Annual administration report of the Civil Veterinary Department of India - 1898-1899
Year: 1898
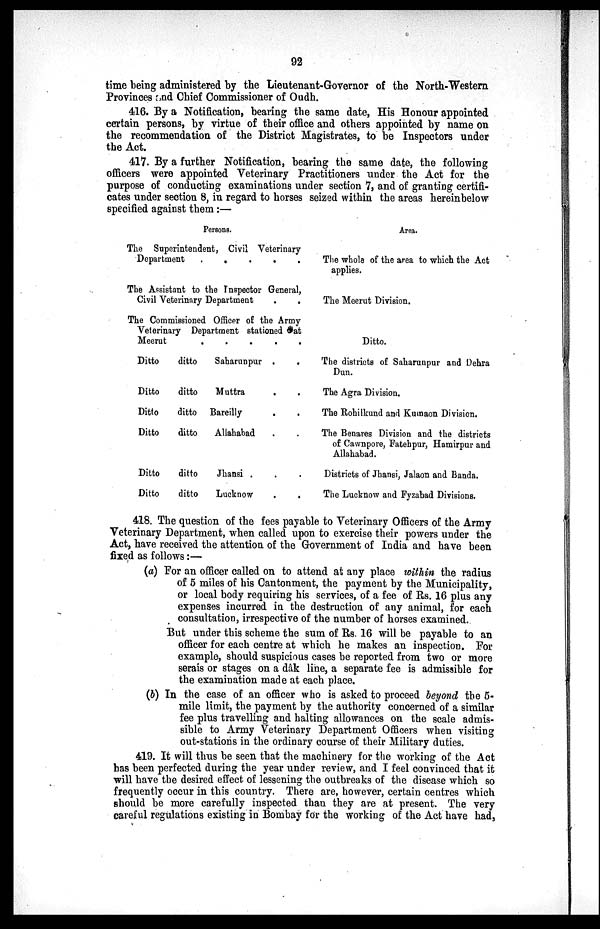
92
time being administered by the Lieutenant-Governor of the North-Western
Provinces and Chief Commissioner of Oudh.
416. By a Notification, bearing the same date, His Honour appointed
certain persons, by virtue of their office and others appointed by name on
the recommendation of the District Magistrates, to be Inspectors under
the Act.
417. By a further Notification, bearing the same date, the following
officers were appointed Veterinary Practitioners under the Act for the
purpose of conducting examinations under section 7, and of granting certifi-
cates under section 8, in regard to horses seized within the areas hereinbelow
specified against them:—
Persons.
The Superintendent, Civil Veterinary
Department
.
.
.
The Assistant to the Inspector General,
Civil Veterinary Department
.
.
The Commissioned Officer of the Army
Veterinary Department stationed at
Meerut
.
.
.
.
.
Ditto
ditto
Saharunpur .
.
Ditto
ditto
Muttra . . . .
Ditto
ditto Bareilly
.
Ditto
ditto
Allahabad . . .
Ditto
ditto
Jhansi . . . .
Ditto
ditto
Lucknow . . .
Area.
The whole of the area to which the Act
applies.
The Meerut Division.
Ditto.
The districts of Saharunpur and Dehra
Dun.
The Agra Division.
The Rohilkund and Kumaon Division.
The Benares Division and the districts
of Cawnpore, Fatehpur, Hamirpur and
Allahabad.
Districts of Jhansi, Jalaon and Banda.
The Lucknow and Fyzabad Divisions.
418. The question of the fees payable to Veterinary Officers of the Army
Veterinary Department, when called upon to exercise their powers under the
Act, have received the attention of the Government of India and have been
fixed as follows:—
(a) For an officer called on to attend at any place within the radius
of 5 miles of his Cantonment, the payment by the Municipality,
or local body requiring his services, of a fee of Rs. 16 plus any
expenses incurred in the destruction of any animal, for each
consultation, irrespective of the number of horses examined.
But under this scheme the sum of Rs. 16 will be payable to an
officer for each centre at which he makes an inspection. For
example, should suspicious cases be reported from two or more
serais or stages on a dâk line, a separate fee is admissible for
the examination made at each place.
(b) In the case of an officer who is asked to proceed beyond the 5-
mile limit, the payment by the authority concerned of a similar
fee plus travelling and halting allowances on the scale admis-
sible to Army Veterinary Department Officers when visiting
out-stations in the ordinary course of their Military duties.
419. It will thus be seen that the machinery for the working of the Act
has been perfected during the year under review, and I feel convinced that it
will have the desired effect of lessening the outbreaks of the disease which so
frequently occur in this country. There are, however, certain centres which
should be more carefully inspected than they are at present. The very
careful regulations existing in Bombay for the working of the Act have had,